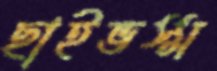
ছাইভস্ম